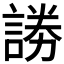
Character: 𮘞